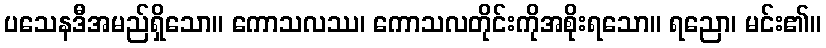
ပသေနဒီအမည်ရှိသော။ ကောသလဿ၊ ကောသလတိုင်းကိုအစိုးရသော။ ရညော၊ မင်း၏။